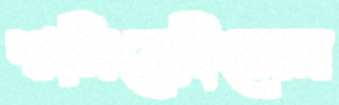
শুনিয়েছিলেন